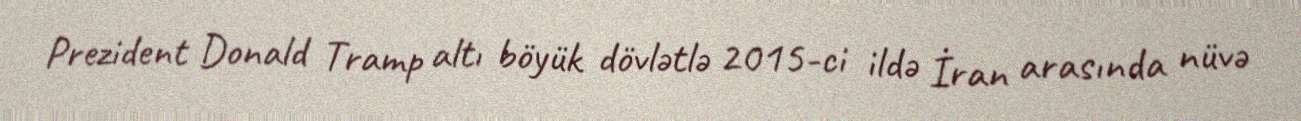
Prezident Donald Tramp altı böyük dövlətlə 2015-ci ildə İran arasında nüvə